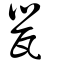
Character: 甖